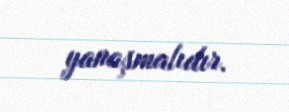
yanaşmalıdır.